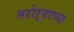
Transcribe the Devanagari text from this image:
मरोऱ्याच्या